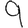
Digit: 9